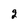
Character: 2